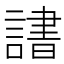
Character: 𬣄